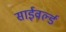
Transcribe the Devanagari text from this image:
साईवर्ल्ड